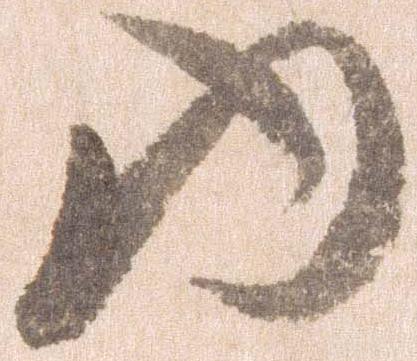
ゆ